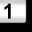
Digit: 1